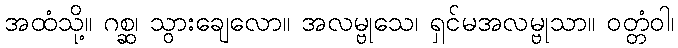
အထံသို့။ ဂစ္ဆ၊ သွားချေလော။ အလမ္ဗုသေ၊ ရှင်မအလမ္ဗုသာ။ ဝတ္တံဝါ၊